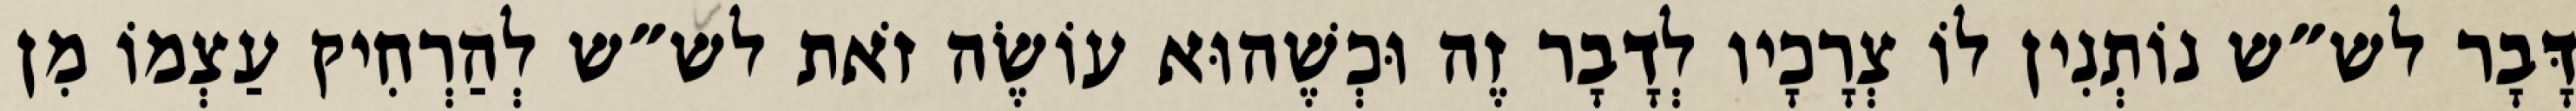
דָּבָר לש״ש נוֹתְנִין לוֹ צְרָכָיו לְדָבָר זֶה וּכְשֶׁהוּא עוֹשֶׂה זֹאת לש״ש לְהַרְחִיק עַצְמוֹ מִן